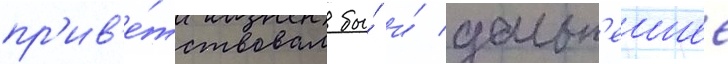
пр'ив'е́тствовал бы́ и́ дальн'еишее